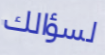
لسؤالك